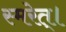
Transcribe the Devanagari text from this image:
स्मरेत्‌।